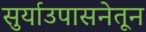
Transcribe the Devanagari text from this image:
सुर्याउपासनेतून